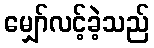
မျှော်လင့်ခဲ့သည်